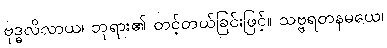
ဗုဒ္ဓလိလာယ၊ ဘုရား၏ တင့်တယ်ခြင်းဖြင့်။ သဗ္ဗရတနမယေ၊